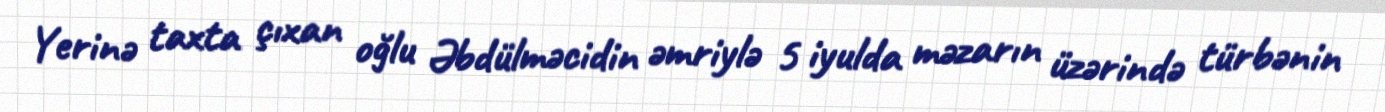
Yerinə taxta çıxan oğlu Əbdülməcidin əmriylə 5 iyulda məzarın üzərində türbənin